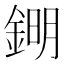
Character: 𨧹